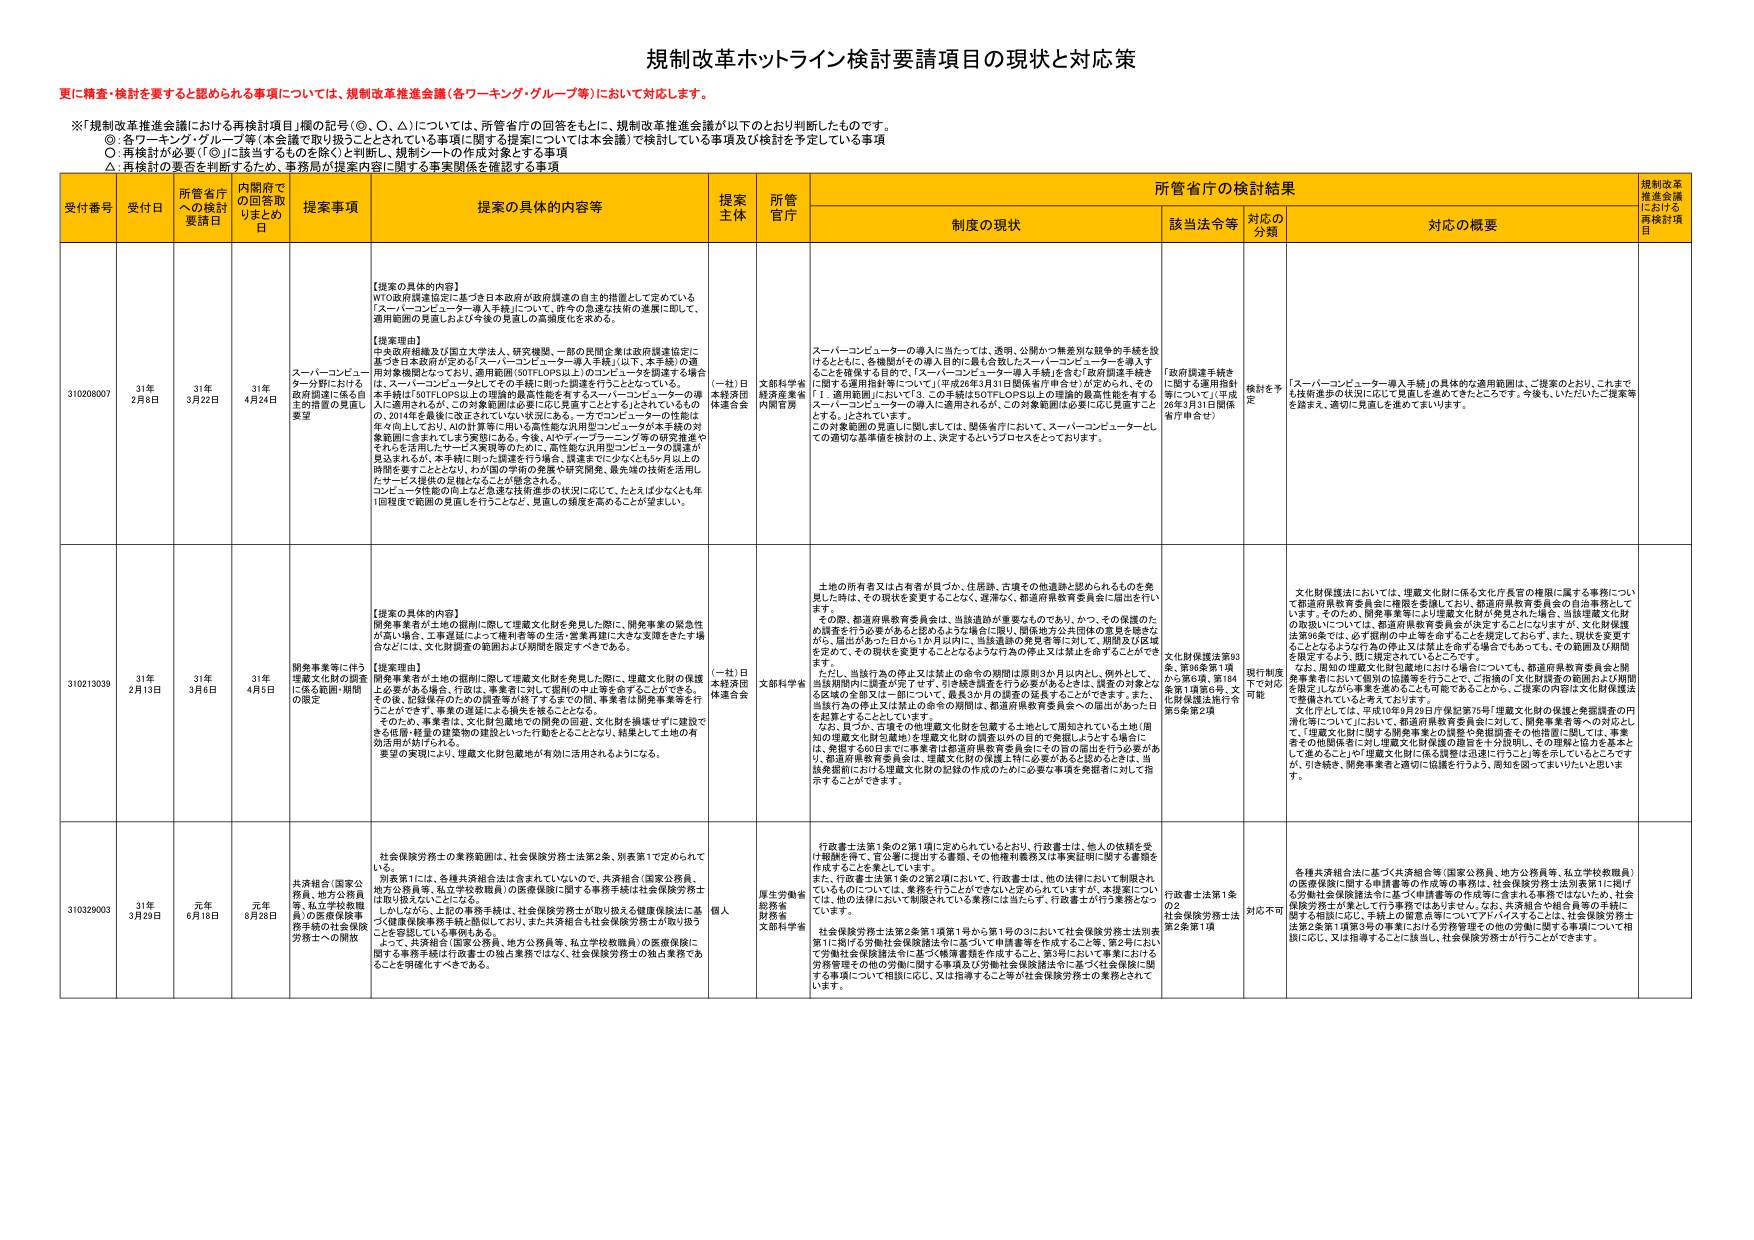
規制改革ホットライン検討要請項目の現状と対応策

更に精査・検討を要すると認められる事項については、規制改革推進会議（各ワーキング・グループ等）において対応します。

※「規制改革推進会議における再検討項目」欄の記号（◎、○、△）については、所管省庁の回答をもとに、規制改革推進会議が以下のとおり判断したものです。
◎ 各ワーキング・グループ等（本会議で取り扱うこととされている事項に限っては本会議）で検討している事項及び検討を予定している事項
○ 再検討が必要（「◎」に該当するものを除く）と判断し、規制シートの作成対象とする事項
△ 再検討の要否を判断するため、事務局が提案内容に関する事実関係を確認する事項

受付番号 受付日 所管省庁への検討要請日 内閣府での回答取りまとめ日 提案事項 提案の具体的内容等 提案主体 所管官庁 所管省庁の検討結果 規制改革推進会議における再検討項目
制度の現状 該当法令等 対応の分類 対応の概要

310208007 31年2月8日 31年3月22日 31年4月24日 スーパーコンピューター分野における政府調達に係る自主的措置の見直し要望 【提案の具体的内容】
WTO政府調達協定に基づき日本政府が政府調達の自主的措置として定めている「スーパーコンピューター導入手続」について、昨今の急速な技術の進展に即して、適用範囲の見直しおよび今後の見直しの高頻度化を求める。
【提案理由】
中央政府組織及び国立大学法人、研究機関、一部の民間企業は政府調達協定に基づき日本政府が定める「スーパーコンピューター導入手続」（以下、本手続）の適用対象機関となっており、適用範囲（50TFLOPS以上）のコンピューターを調達する場合 は、スーパーコンピューターとしてその手続に則った調達を行うこととなっている。
その結果、本手続の枠外の技術的進展を有するスーパーコンピューターの導入に適用されるが、この対象範囲は必要に応じ見直すことをうたっているものの、2014年を最後に改正されていない状況にある。一方でコンピューターの性能は年々上がり、AIの計算等に用いる高性能な汎用コンピューターが本手続の対象範囲に含まれてしまう実態にある。今後、AIやディープラーニング等の研究推進やそれらを活用したサービス実現等のために、高性能な汎用コンピューターの調達が見込まれるが、本手続に則った調達を行う場合、調達までに少なくとも6ヶ月以上の時間を要することとなり、わが国の学術の発展や研究開発、最先端の技術を活用したサービス提供の足枷となることが懸念される。
コンピュータ性能の向上など急速な技術進歩の状況に応じて、たとえば少なくとも年1回程度で範囲の見直しを行うことなど、見直しの頻度を高めることが望ましい。 （一社）日本経済団体連合会 文部科学省 経済産業省 内閣官房 スーパーコンピューターの導入に当たっては、透明、公開かつ無差別な競争的手続を設けるとともに、各機関がその導入目的に最も合致したスーパーコンピューターを導入することを確保する目的で、「スーパーコンピューター導入手続」を含む「政府調達手続きに関する適用指針等」について（平成26年3月31日国庫執行省令せ）が定められ、その「1．適用範囲」において「3．この手続は50TFLOPS以上の理論的最高性能を有するスーパーコンピューターの導入に適用されるが、この対象範囲は必要に応じ見直すこととする。」とされている。
この対象の見直しに際しましては、関係省庁において、スーパーコンピューターとしての適切な基準値を検討の上、決定するというプロセスをとっております。 「政府調達手続きに関する適用指針等」について（平成26年3月31日国庫執行省令せ） 検討を予定 「スーパーコンピューター導入手続」の具体的な適用範囲は、ご提案のとおり、これまでも技術進歩の状況に応じて見直しを進めてきたところです。今後も、いただいたご提案等を踏まえ、適切に見直しを進めてまいります。

310213039 31年2月13日 31年3月6日 31年4月5日 開発事業等に伴う埋蔵文化財の調査に係る範囲・期間の限定 【提案の具体的内容】
開発事業者が土地の掘削に際して埋蔵文化財を発見した際に、開発事業の緊急性が高い場合、工事遅延のための被害等の生活・営業再開に大きな支障をきたす場合などには、文化財調査の範囲および期間を限定すべきである。
【提案理由】
開発事業者が土地の掘削に際して埋蔵文化財を発見した際に、埋蔵文化財の調査上必要がある場合、行政は、事業者に対して掘削の申込等を命ずることができる。その後、記録保存のための調査等が終了するまでに何ヶ月もかかることがあり、その結果、事業の遅延による損失を被ることとなる。
そのため、事業者は、文化財包蔵地での開発の回避、文化財を損壊せずに建設できる低層・軽量の建築物の建設といった行動をとることとなり、結果として土地の有効活用が妨げられる。
要望の実現により、埋蔵文化財包蔵地が有効に活用されるようになる。 （一社）日本経済団体連合会 文部科学省 土地の所有者又は占有者が見つかった、住居跡、古墳その他遺跡と認められるものを発見した時は、その現状を変更することなく、遅滞なく、都道府県教育委員会に届出を行います。
その際、都道府県教育委員会は、当該遺跡が重要なものであり、かつ、その保護のため調査を行う必要があると認められるような場合に限り、開発地方公共団体の意見を聴きながら、届出があった日から1か月以内に、当該遺跡の発見者等に対して、期間及び区域を定めて、その現状を変更することをよろず行為の停止又は禁止を命ずることができます。
ただし、当該行為の停止又は禁止の命令の期間は原則3か月以内に。例外として、当該期間内に調査が完了せず、引き続き調査を行う必要があるときは、調査の対象となる区域の全部又は一部について、最長3か月の調査の延長をすることができます。また、当該行為の停止又は禁止の命令の期間は、都道府県教育委員会への届出があった日を起算とすることができます。
なお、見つから、古墳その他埋蔵文化財を包蔵する土地として周知されている土地（周知の埋蔵文化財包蔵地）は埋蔵文化財の調査以外の目的で発掘しようとする場合に、発掘する60日までに事業者は都道府県教育委員会にその目的届出を行う必要があり、都道府県教育委員会は、埋蔵文化財の保護上特に必要があると認めるときは、当該発掘における埋蔵文化財の記録の作成のために必要な事項を発掘者に対して指示することができます。 文化財保護法第93条、第94条第1項から第6項、第184条第1項第6号、文化財保護法施行令第3条第2項 現行制度下で対応可能 文化財保護法においては、埋蔵文化財に係る文化庁長官の権限に属する事務について都道府県教育委員会に権限を委譲しており、都道府県教育委員会の自主事務としています。そのため、開発事業等により埋蔵文化財が発見された場合、当該埋蔵文化財の取扱いについては、都道府県教育委員会が決定することになりますが、文化財保護法第93条では、必ず掘削の停止等を命ずることと規定しております。また、現状を変更することとなるような行為の停止又は禁止を命ずる場合でもあっても、その範囲及び期間を限定するよう、既に規定されているところです。
なお、周知の埋蔵文化財包蔵地における場合についても、都道府県教育委員会と開発事業者において個別の協議等を行うことで、ご指摘の「文化財調査の範囲および期間を限定しながら事業を進めることも可能である」ことから、ご提案の内容は文化財保護法で整備されていると考えております。
文化庁としては、平成10年9月29日庁保記第75号「埋蔵文化財の保護と発掘調査の円滑化等について」において、都道府県教育委員会に対して、開発事業者等への対応として、「埋蔵文化財に関する開発事業との調整や発掘調査その他措置に関しては、事業者との個別交渉により埋蔵文化財保護の調査を十分説明し、その理解と協力を基本として進めること」や「埋蔵文化財に係る調整は迅速に行うように」等を示しているところですが、引き続き、開発事業者と適切に協議を行うよう、周知を図ってまいりたいと思います。

310329003 31年3月29日 元年6月18日 元年8月28日 共済組合（国家公務員、地方公務員等、私立学校教職員）の医療保険事務手続の社会保険労務士への開放 社会保険労務士の業務範囲は、社会保険労務士法第2条、別表第1で定められています。
別表第1には、各種共済組合法は含まれていないので、共済組合（国家公務員、地方公務員等、私立学校教職員）の医療保険に関する事務手続は社会保険労務士は取り扱えないことになる。
しかしながら、上記の事務手続は、社会保険労務士が取り扱える健康保険法に基づく健康保険事務手続と同様に、また、共済組合も社会保険労務士が取り扱うことを想定している事項もある。
よって、共済組合（国家公務員、地方公務員等、私立学校教職員）の医療保険に関する事務手続は行政書士の独占業務ではなく、社会保険労務士の独占業務であることを明確化すべきである。 個人 厚生労働省 総務省 財務省 文部科学省 行政書士法第1条の2第1項に定められているとおり、行政書士は、他人の依頼を受けて報酬を得て、官公署に提出する書類、その他権利義務又は事実証明に関する書類を作成することを業としています。
また、行政書士法第1条の2第2項において、行政書士は、他の法律において制限されていないものについては、業務を行うことができるとして定められていますが、本提案について、他の法律において制限されている業務には当たらず、行政書士が行う業務となって います。
社会保険労務士法第2条第1項第1号から第1号の3においては社会保険労務士法別表第1に掲げる労働社会保険諸法令に基づく申請書等を作成すること等、第2号において労働社会保険諸法令に基づく帳簿書類を作成すること、第3号において事業における労務管理その他の労働に関する事項及び労働社会保険諸法令に基づく社会保険に関する事項について相談に応じ、又は指導すること等が社会保険労務士の業務とされて います。 行政書士法第1条の2 社会保険労務士法第2条第1項 対応不可 各種共済組合法に基づく共済組合等（国家公務員、地方公務員等、私立学校教職員）の医療保険に関する申請書等の作成等の事務は、社会保険労務士法別表第1に掲げる労働社会保険諸法令に基づく申請書等の作成等に含まれる事務ではないため、社会保険労務士が業として行う業務ではありません。なお、共済組合や組合員等の手続に関する相談に応じ、手続上の留意点等についてアドバイスすることは、社会保険労務士法第2条第1項第3号の事業における労務管理その他の労働に関する事項について相談に応じ、又は指導することに該当し、社会保険労務士が行うことができます。